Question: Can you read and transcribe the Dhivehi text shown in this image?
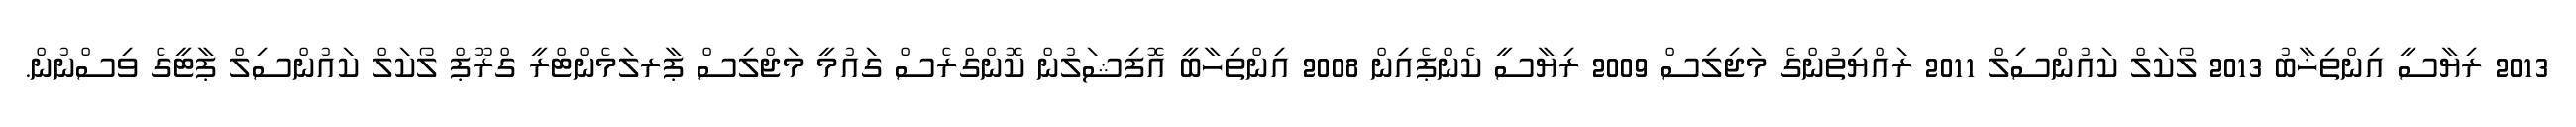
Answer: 2013 ރިޔާސީ އިންތިޚާބު 2013 ލޯކަލް ކައުންސިލް 2011 ރައްޔިތުންގެ މަޖިލިސް 2009 ރިޔާސީ ކެންޕެއިން 2008 އިންތިހާބީ އޮފިޝަލުން ކޮންގްރެސް ގައުމީ މަޖްލިސް ޕާރލަމެންޓްރީ ގްރޫޕް ލޯކަލް ކައުންސިލް ޕާޓީގެ ވިސްނުން.